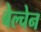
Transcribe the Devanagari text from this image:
बेल्चेन